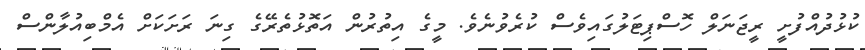
ކުޅުދުއްފުށީ ރީޖަނަލް ހޮސްޕިޓަލުގައިވެސް ކުރެވުނެވެ. މީގެ އިތުރުން އަތޮޅުތެރޭގެ ގިނަ ރަށަކަށް އެމްބިއުލާންސް